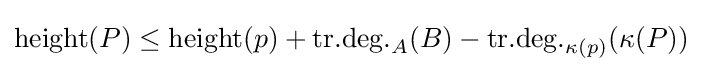
{\text{height}}(P)\leq {\text{height}}(p)+{\text{tr.deg.}}_{A}(B)-{\text{tr.deg.}}_{\kappa (p)}(\kappa (P))